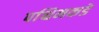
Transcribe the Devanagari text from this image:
पश्चिमकडे